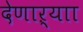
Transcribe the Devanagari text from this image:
देणाऱ्याा